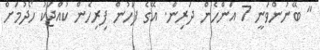
" ބޭނުންވަނީ 7 އަންހެން ދަރިން. އޭގެ ފަހުން ފިރިހެން ކުއްޖަކު ހޯދުމަށް